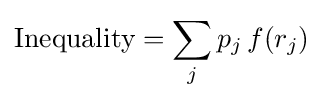
{\text{Inequality}}=\sum _{j}p_{j}\,f(r_{j})